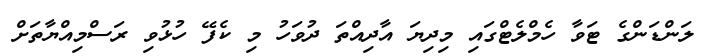
ލަންޑަންގެ ޓަވާ ހެމްލެޓްގައި މިދިޔަ އާދިއްތަ ދުވަހު މި ކެފޭ ހުޅުވި ރަސްމިއްޔާތަށް